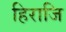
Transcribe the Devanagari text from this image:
हिराजि